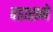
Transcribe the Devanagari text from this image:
वडाराने